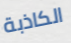
الكاذبة